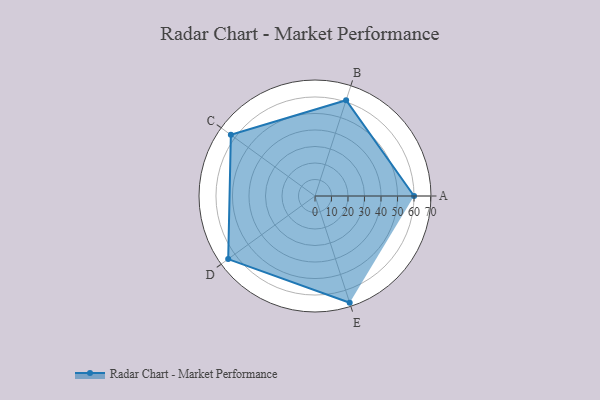
{"axis": {"x": "Skill", "y": "Score"}, "legend": ["Profile"], "data": [{"x": "A", "y": 60.0, "type": "Profile"}, {"x": "B", "y": 61.0, "type": "Profile"}, {"x": "C", "y": 63.0, "type": "Profile"}, {"x": "D", "y": 65.0, "type": "Profile"}, {"x": "E", "y": 68.0, "type": "Profile"}]}